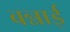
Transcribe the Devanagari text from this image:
बन्नाई